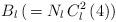
LaTeX: \begin{align*}B_l \, ( \, = N_l \, C_l^2 \left( 4 \right))\end{align*}